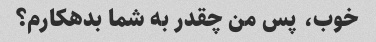
خوب، پس من چقدر به شما بدهکارم؟